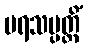
ပရသမ္ပတ္တိံ